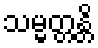
သမ္မတ္တန္တိ